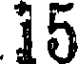
15